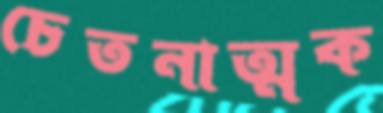
চেতনাত্মক